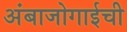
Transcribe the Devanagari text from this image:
अंबाजोगाईची